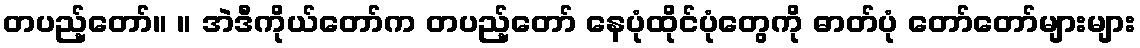
တပည့်တော်။ ။ အဲဒီကိုယ်တော်က တပည့်တော် နေပုံထိုင်ပုံတွေကို ဓာတ်ပုံ တော်တော်များများ